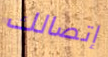
إتصالك